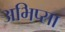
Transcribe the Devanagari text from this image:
अभिप्सा